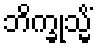
ဘိက္ခုသ္မိံ